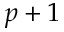
p + 1